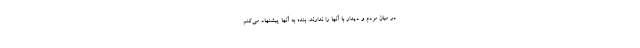
در میان مردم و دیدار با آنها را ندارند. بنده به آنها پیشنهاد می‌کنم